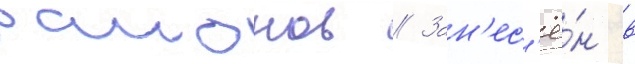
раионов // Зан'ес'ё́н в